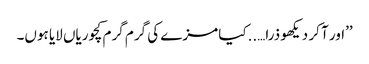
’’اور آ کر دیکھو ذرا…..کیا مزے کی گرم گرم کچوریاں لایا ہوں۔